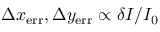
\Delta { x } _ { \mathrm { e r r } } , \Delta { y } _ { \mathrm { e r r } } \propto \delta { I } / I _ { \mathrm { 0 } }